Rangoon Lunatic Asylum 1893-1897 - 1893-1897
Year: 1893
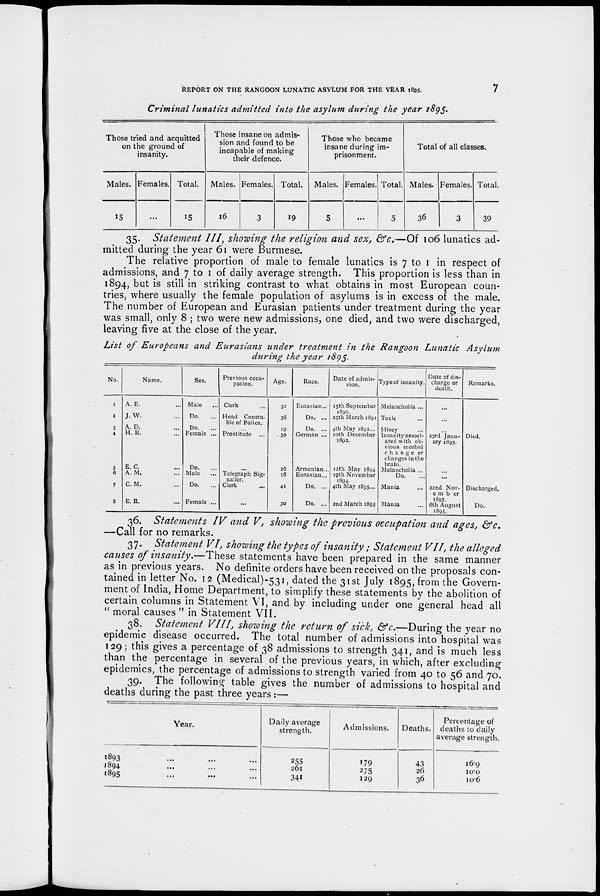
REPORT ON THE RANGOON LUNATIC ASYLUM FOR THE YEAR 1895.
7
Criminal lunatics admitted into the asylum during the year 1895.
Those tried and acquitted
on the ground of
insanity.
Males.
15
Females.
...
Total.
15
Those insane on admis-
sion and found to be
incapable of making
their defence.
Males.
16
Females.
3
Total.
19
Those who became
insane during im-
prisonment.
Males.
5
Females.
...
Total.
5
Total of all classes.
Males.
36
Females.
3
Total.
39
35. Statement III, showing the religion and sex, &c.—Of 106 lunatics ad-
mitted during the year 61 were Burmese.
The relative proportion of male to female lunatics is 7 to 1 in respect of
admissions, and 7 to 1 of daily average strength. This proportion is less than in
1894, but is still in striking contrast to what obtains in most European coun-
tries, where usually the female population of asylums is in excess of the male.
The number of European and Eurasian patients under treatment during the year
was small, only 8 ; two were new admissions, one died, and two were discharged,
leaving five at the close of the year.
List of Europeans and Eurasians under treatment in the Rangoon Lunatic Asylum
during the year 1895.
No.
1
2
3
4
5
6
7
8
Name.
A. E. ...
J. W. ...
A. D. ...
H. B. ...
E. C. ...
A. M. ...
C. M. ...
E. R. ...
Sex.
Male ...
Do. ...
Do. ...
Female ...
Do. ...
Male ...
Do. ...
Female ...
Previous occu-
pation.
Clerk ...
Head Consta-
ble of Police.
...
Prostitute ...
... Telegraph Sig-
naller.
Clerk ...
...
Age.
31
38
19
30
26
18
41
30
Race.
Eurasian...
Do. ...
Do. ...
German ...
Armenian...
Eurasian...
Do. ...
Do. ...
Date of admis-
sion.
15th September
1890.
25th March 1891
4th May 1892...
10th December
1892.
12th May 1894
19th November
1894.
4th May 1895...
2nd March 1895
Type of insanity.
Melancholia ...
Toxic ...
Idiocy ...
Insanity associ-
ated with ob-
vious morbid
change or
changes in the
brain.
Melancholia ...
Do. ...
Mania ...
Mania ...
Date of dis-
charge or
death.
...
...
...
23rd Janu-
ary 1895.
...
...
22nd Nov-
ember
1895.
6th August
1895.
Remarks.
Died.
Discharged.
Do.
36. Statements IV and V, showing the previous occupation and ages, &c.
—Call for no remarks.
37. Statement VI, showing the types of insanity; Statement VII, the alleged
causes of insanity.—These
statements have been prepared in the same manner
as in previous years. No definite orders have been received on the proposals con-
tained in letter No. 12 (Medical)-531, dated the 31st July 1895, from the Govern-
ment of India, Home Department, to simplify these statements by the abolition of
certain columns in Statement VI, and by including under one general head all
" moral causes " in Statement VII.
38. Statement VIII, showing the return of sick, &c.—During the year no
epidemic disease occurred. The total number of admissions into hospital was
129; this gives a percentage of 38 admissions to strength 341, and is much less
than the percentage in several of the previous years, in which, after excluding
epidemics, the percentage of admissions to strength varied from 40 to 56 and 70.
39. The following table gives the number of admissions to hospital and
deaths during the past three years:—
Year.
1893 ... ... ...
1894 ... ... ...
1895 ... ... ...
Daily average
strength.
255
261
341
Admissions.
179
275
129
Deaths.
43
26
36
Percentage of
deaths to daily
average strength.
16.9
10.0
10.6